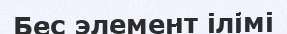
Бес элемент ілімі